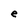
Character: e